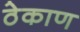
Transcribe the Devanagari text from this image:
ठेकाण